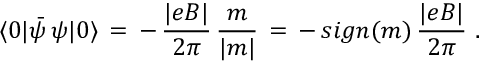
\langle 0 | \bar { \psi } \, \psi | 0 \rangle \, = \, - \, \frac { | e B | } { 2 \pi } \, \frac { m } { | m | } \, = \, - \, s i g n ( m ) \, \frac { | e B | } { 2 \pi } \, \, .